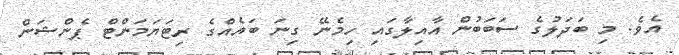
އެވެ. މި ބަދަލުގެ ސަބަބުން އާއިލާގައި ހިމެނޭ ގިނަ ބައެއްގެ ރިޓަޔަމަންޓް ޕެންޝަން